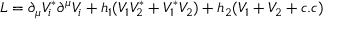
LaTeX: { \cal L } = \partial _ { \mu } V _ { i } ^ { * } \partial ^ { \mu } V _ { i } + h _ { 1 } ( V _ { 1 } V _ { 2 } ^ { * } + V _ { 1 } ^ { * } V _ { 2 } ) + h _ { 2 } ( V _ { 1 } + V _ { 2 } + c . c )